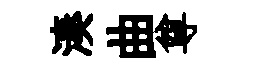
湊曲尊